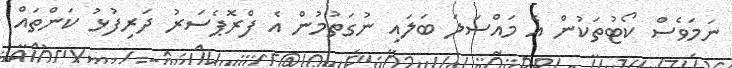
ނަމަވެސް ކޯޓުތަކުން އެ މައްސަލަ ބަލައި ނުގަތުމުން އެ ފްރޮޕެސަރު ދަރިފުޅު ކަންތައް